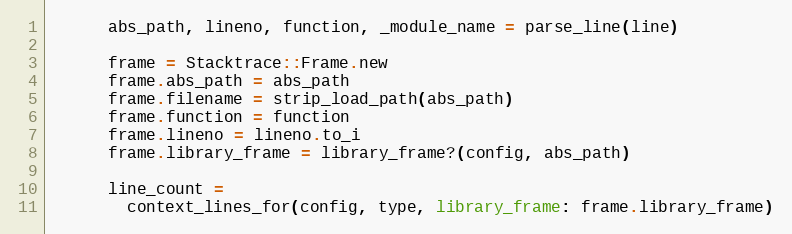
Language: Ruby
      abs_path, lineno, function, _module_name = parse_line(line)

      frame = Stacktrace::Frame.new
      frame.abs_path = abs_path
      frame.filename = strip_load_path(abs_path)
      frame.function = function
      frame.lineno = lineno.to_i
      frame.library_frame = library_frame?(config, abs_path)

      line_count =
        context_lines_for(config, type, library_frame: frame.library_frame)